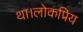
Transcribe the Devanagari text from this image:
था।लोकप्रिय